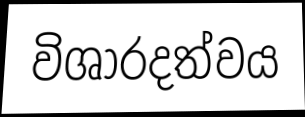
විශාරදත්වය